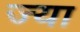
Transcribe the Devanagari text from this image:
ज्‍या